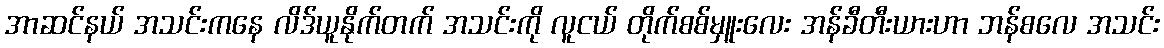
အာဆင်နယ် အသင်းကနေ လိဒ်ယူနိုက်တက် အသင်းကို လူငယ် တိုက်စစ်မှူးလေး အန်ခီတီးယားဟာ ဘန်စလေ အသင်း